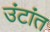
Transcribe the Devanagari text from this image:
उंटांत